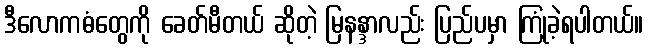
ဒီလောကဓံတွေကို ခေတ်မီတယ် ဆိုတဲ့ မြနန္ဒာလည်း ပြည်ပမှာ ကြုံခဲ့ရပါတယ်။